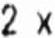
2 X